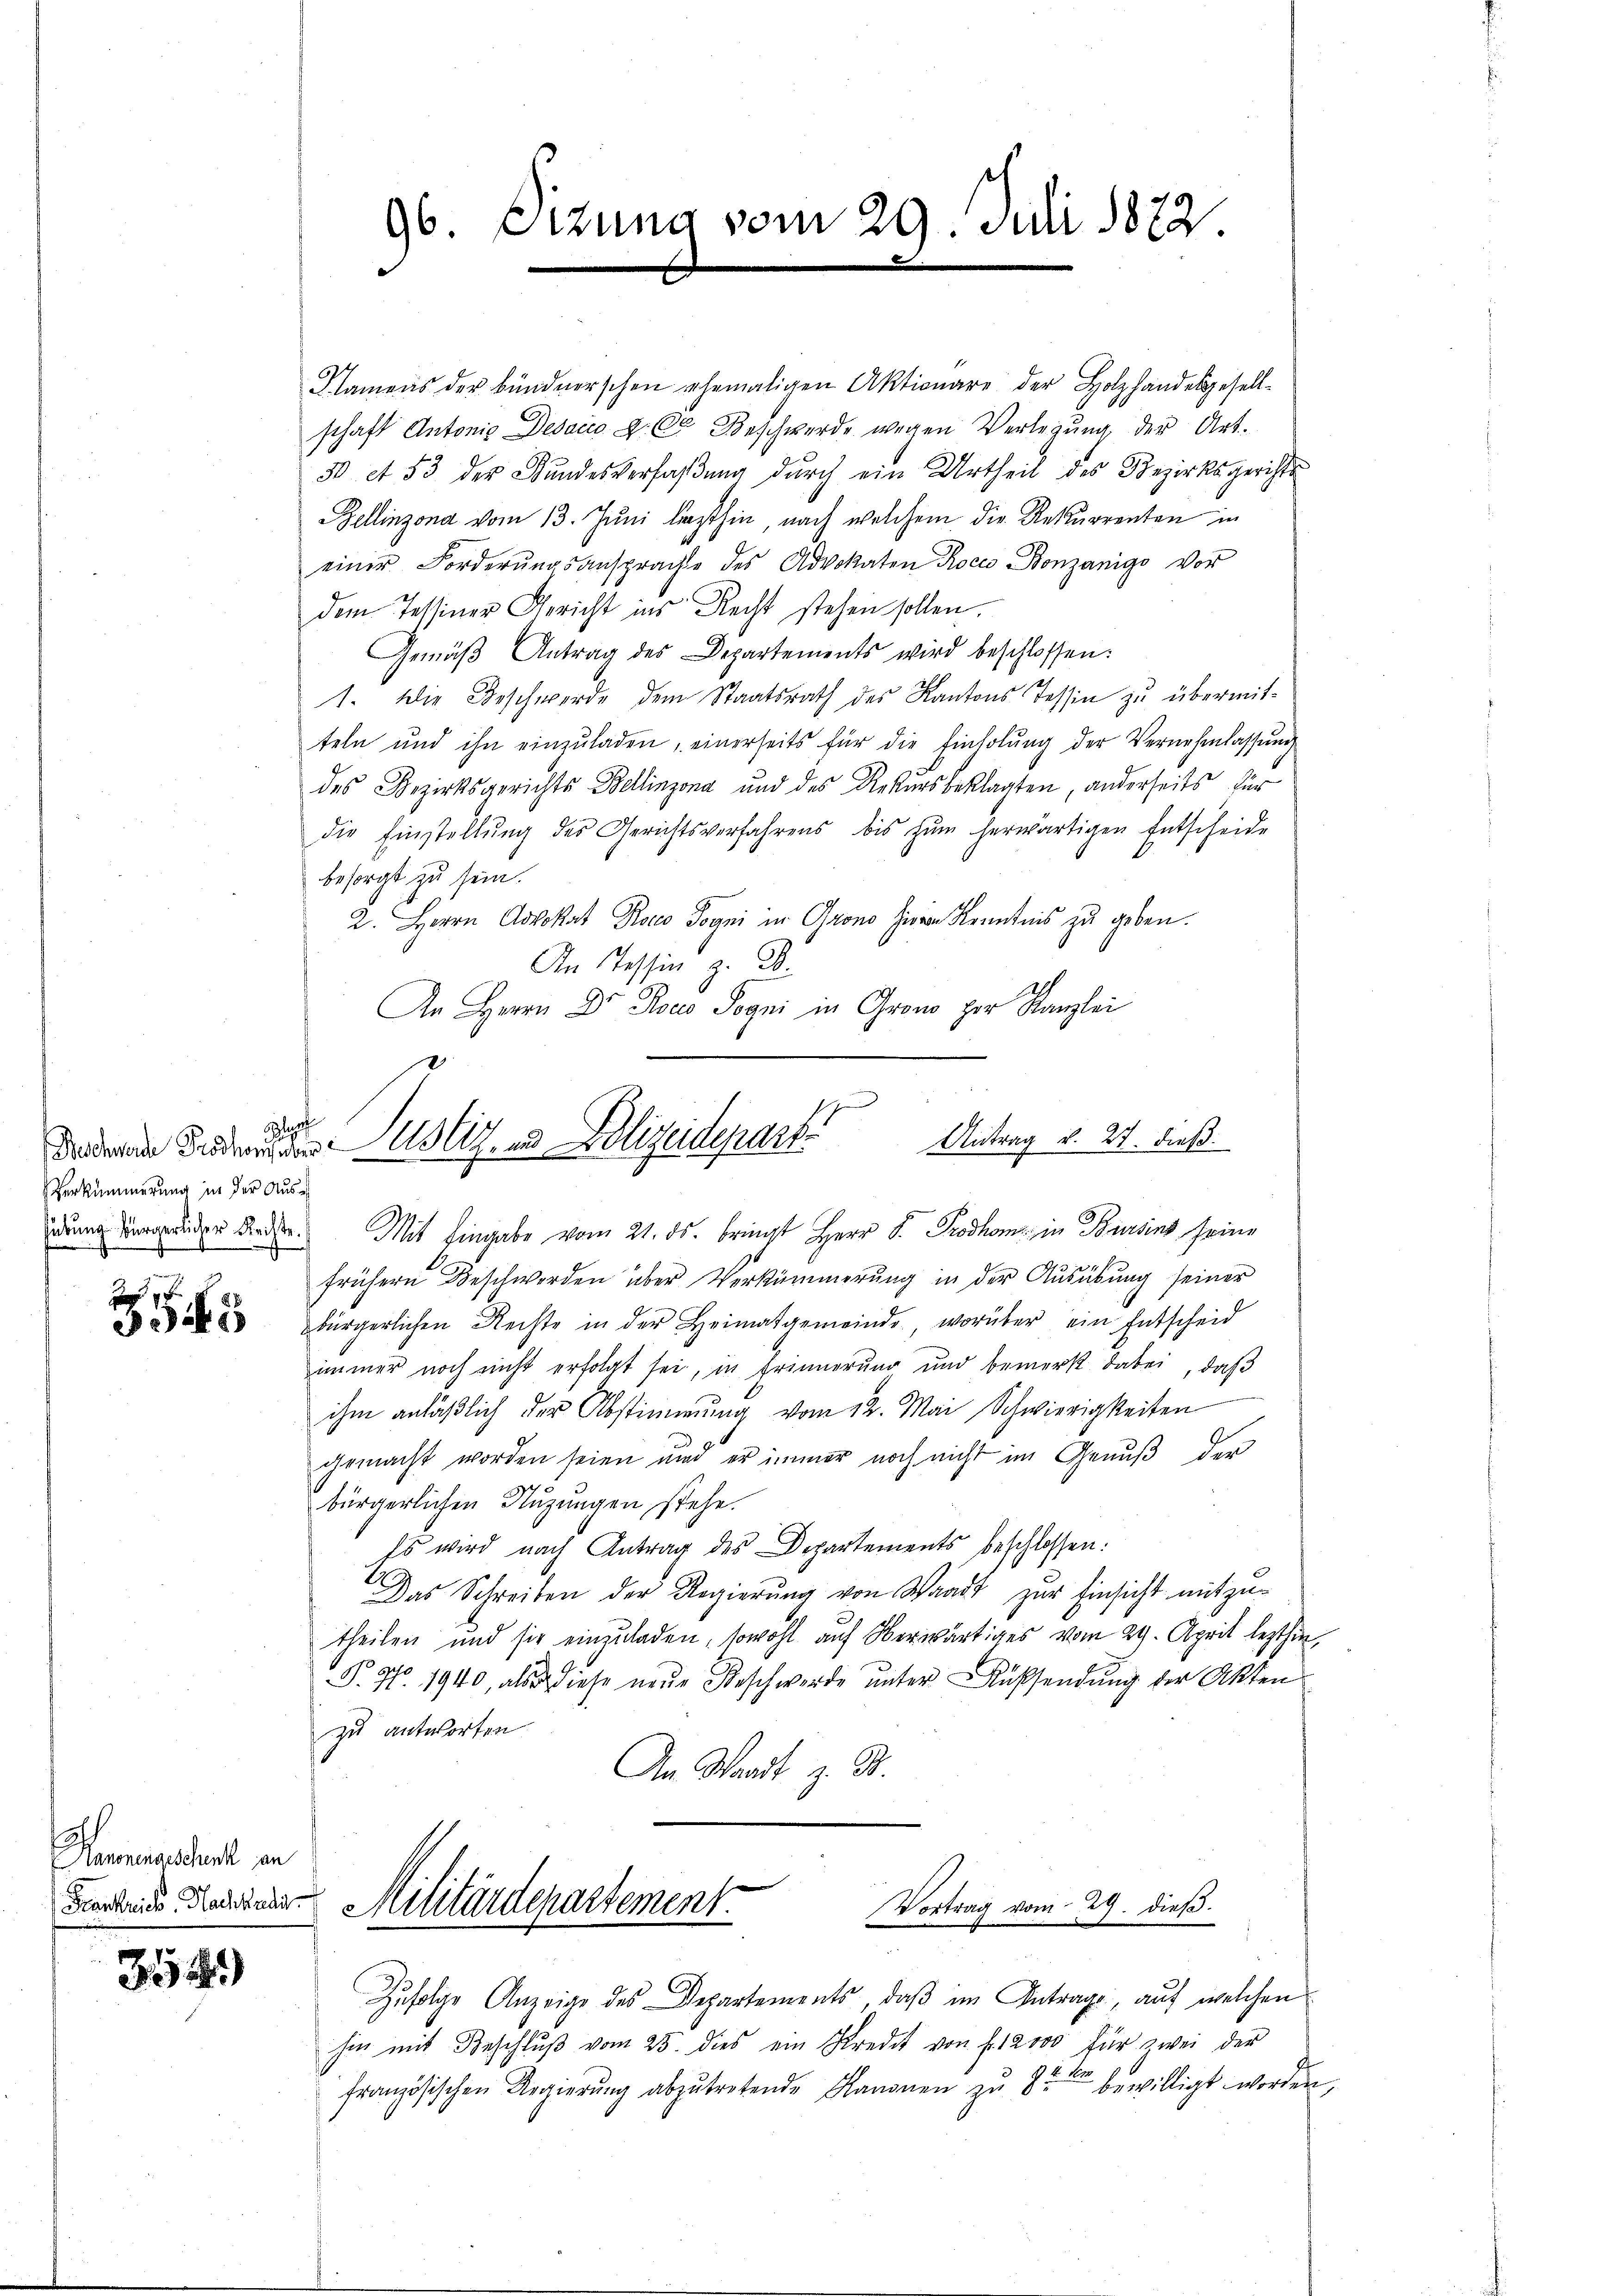
Verkümmerung in der Aus¬

5

Hennengeschenkt an
Feantrich. Nachkadis

352

96. Eizung vom 29. Juli 1872.

Namens der bündnerschen ehemaligen Aktionare der Holzhandelsgesell-
schaft Antonis Desaico D. C. Beschwerde wegen Verlegung, der Art.
30 et 53 der Stundesverfaßung durch ein Urtheil des Bezirksgerichts
Bellinzona vom 13. Juni lezthin, nach welchem die Rekurrenten in
einer Forderungsansprachte des Advokaten Roco Bonzänigs vor
dem Tessiner Gericht ins Recht stehen sollen.
Gemäβ Antrag des Departements wird beschlossen:
1. Die Beschwerde dem Staatsrath des Kantons Tessin zŭ übermit-
teln und ihn einzŭladen, einerseits für die Einholŭng der Vernehmlassŭng
des Bezirksgerichts Bellinzona und des Rekursbeklagten, anderseits für
die Einstellŭng des Gerichtsverfahrens bis zŭm herwärtigen Entscheide
besorgt zu sein.
2. Herrn Advokat Rosco Dogni in Grono hieren Kenntnis zu geben.
In Tessin z. B.
An Herrn Dr Roco Pogni in Grono per Kanzlei
)
l

Antrag v. 27. dieß
donderen Friedenen ustiz- und Polizeidepart

drung der ander Rede. Mit Eingabe vom 21. ds. bringt Herr P. Prodhom in Bursins seine
frühern Beschwerden über Verkümmerung in der Ausübung seiner
bürgerlichen Rechte in der Heimatgemeinde, worüber ein Entscheid
immer noch nicht erfolgt sei, in Erinnerung und bemerk dabei, daß
ihm anläßlich der Abstimmung vom 12. Mai Schwierigkeiten
gemacht worden seien und er immer noch nicht im Genuß der
bürgerlichen Nuzungen stehe.
Es wird nach Antrag des Departements beschlossen:
Das Schreiben der Regierŭng von Waadt zur Einsicht mitzu-
theilen und sie einzuladen, sowohl auf Oberwärtiges vom 24. April lezthin,
P. G. 1940, also diese neue Beschwerde unter Kußsendung der Akten
zu antworten
An Waadt

Vortrag vom 29. dieβ.
Militärdepartement.

Zufolge Anzeige des Departements, daß im Antrage, auf welchen
hin mit Beschlŭβ vom 25. dies ein Kredit von fl. 12000 für zwei der
französischen Regierŭng abzŭtretende Kanonen zŭ 82 bewilligt worden,